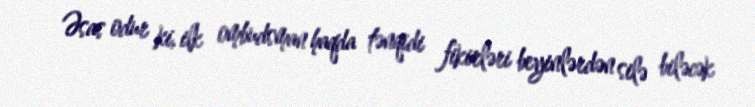
Əsas odur ki, ilk ombudsman haqda tənqidi fikirləri beyinlərdən silə biləcək